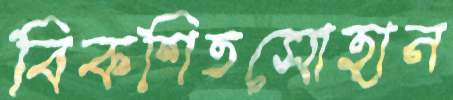
বিকশিতসোহান